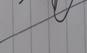
Signature authenticity: forged